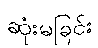
ဆုံးမခြင်း